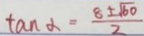
\tan \alpha = \frac { 8 \pm \sqrt { 6 0 } } { 2 }